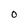
Character: 0